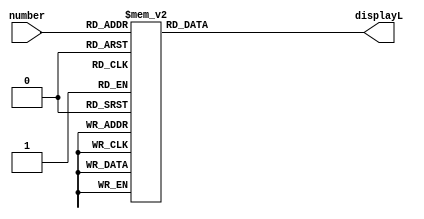
module LEDdisplay(number, displayL);
input [2:0] number;
output reg [4:0] displayL;

  always@(number, displayL) begin

        case(number)
        3'b000: begin
            displayL <= 5'b00010;
        end
        
        3'b001: begin
          displayL <= 5'b00001;
        end

        3'b010: begin
          displayL <= 5'b01000;
        end

        3'b011: begin
          displayL <= 5'b00010;
        end

        3'b100: begin
         displayL <= 5'b00100;
        end

        3'b101: begin
          displayL <= 5'b10000;
        end

        3'b110: begin
          displayL <= 5'b01000;
        end

        3'b111: begin
          displayL <= 5'b00001;
        end

      endcase

  end // always statement


endmodule